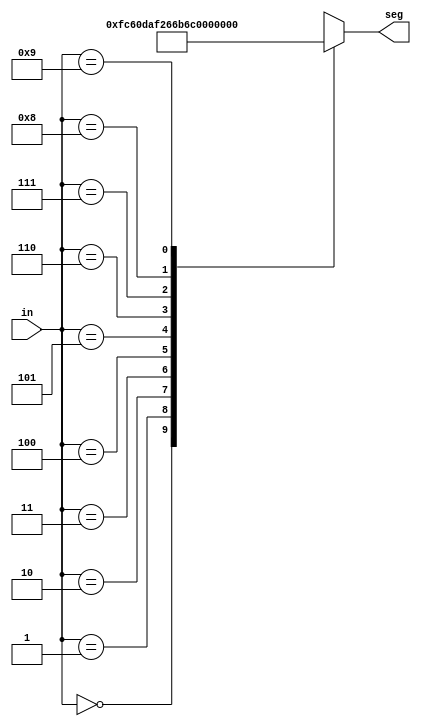
`timescale 1ns / 1ps
//////////////////////////////////////////////////////////////////////////////////
// Company: 
// Engineer: 
// 
// Design Name: 
// Module Name: decode
// Project Name: 
// Target Devices: 
// Tool Versions: 
// Description: 
// 
// Dependencies: 
// 
// Revision:
// Revision 0.01 - File Created
// Additional Comments:
// 
//////////////////////////////////////////////////////////////////////////////////


module decode(
    input [3:0] in, 
    output [7:0] seg // digit format
    );

    wire [7:0] n[9:0]; // n[i] displays i

    assign n[0] = 8'b11111100;
    assign n[1] = 8'b01100000;
    assign n[2] = 8'b11011010;
    assign n[3] = 8'b11110010;
    assign n[4] = 8'b01100110;
    assign n[5] = 8'b10110110;
    assign n[6] = 8'b10111110;
    assign n[7] = 8'b11100000;
    assign n[8] = 8'b11111110;
    assign n[9] = 8'b11110110;
    
    assign seg = n[in];
endmodule